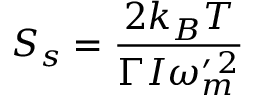
S _ { s } = \frac { 2 k _ { B } T } { \Gamma I \omega _ { m } ^ { \prime \, 2 } }